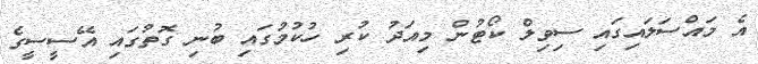
އެ މައްސަލައިގައި ސިވިލް ކޯޓުން މިއަދު ކުރި ހުކުމުގައި ބުނި ގޮތުގައި އޭސީސީގެ